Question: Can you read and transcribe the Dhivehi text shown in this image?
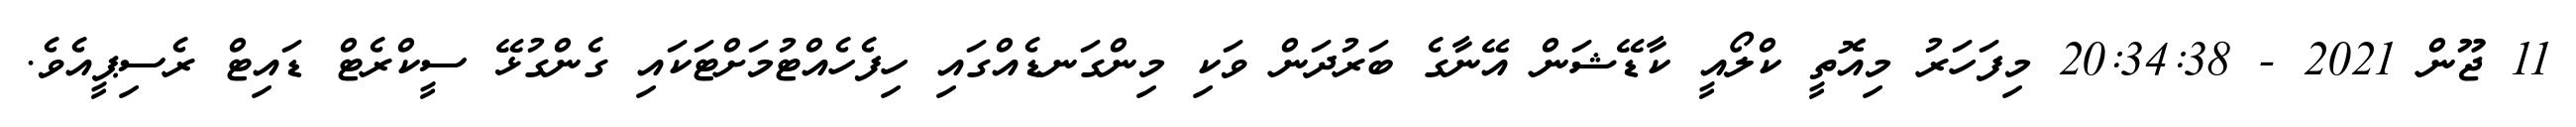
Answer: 11 ޖޫން 2021 - 20:34:38 މިފަހަރު މިއޮތީ ކްލޯއީ ކާޑޭޝަން އޭނާގެ ބަރުދަން ވަކި މިންގަނޑެއްގައި ހިފެހެއްޓުމަށްޓަކައި ގެންގުޅޭ ސީކްރެޓް ޑައިޓް ރެސިޕީއެވެ.